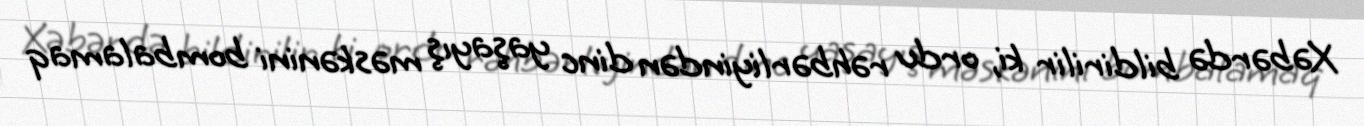
Xəbərdə bildirilir ki, ordu rəhbərliyindən dinc yaşayış məskənini bombalamaq